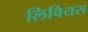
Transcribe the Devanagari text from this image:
लिवियस